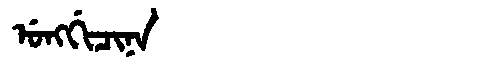
Manchu: ᡠᠩᡤᡳᠴᡳᠨᠠ
Romanization: UNGGICINA